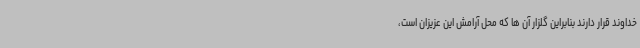
خداوند قرار دارند بنابراین گلزار آن ها که محل آرامش این عزیزان است،